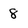
Character: 8